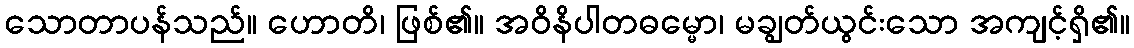
သောတာပန်သည်။ ဟောတိ၊ ဖြစ်၏။ အဝိနိပါတဓမ္မော၊ မချွတ်ယွင်းသော အကျင့်ရှိ၏။